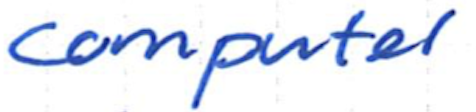
Text: computer
Cross-out: clean
Writing tool: ballpoint